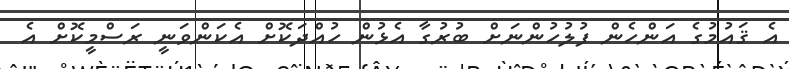
އެ ޤައުމުގެ އަންހެން ފުލުހުންނަށް ބުރުގާ އެޅުން ހުއްދަކޮށް އެކަންވަނީ ރަސްމީކޮށް އެ